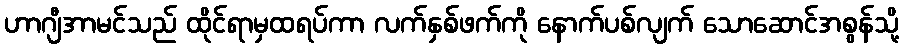
ဟာဂျီအာမင်သည် ထိုင်ရာမှထရပ်ကာ လက်နှစ်ဖက်ကို နောက်ပစ်လျက် သောဆောင်အစွန်သို့